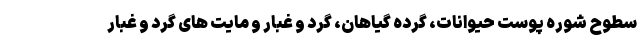
سطوح شوره پوست حیوانات، گرده گیاهان، گرد و غبار و مایت های گرد و غبار